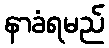
နာခံရမည်